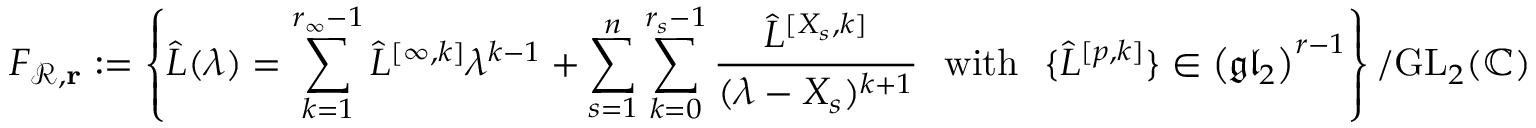
F _ { \mathcal { R } , \mathbf { r } } : = \left\{ \hat { L } ( \lambda ) = \sum _ { k = 1 } ^ { r _ { \infty } - 1 } \hat { L } ^ { [ \infty , k ] } \lambda ^ { k - 1 } + \sum _ { s = 1 } ^ { n } \sum _ { k = 0 } ^ { r _ { s } - 1 } \frac { \hat { L } ^ { [ X _ { s } , k ] } } { ( \lambda - X _ { s } ) ^ { k + 1 } } \, \, \mathrm { ~ w i t h ~ } \, \, \{ \hat { L } ^ { [ p , k ] } \} \in \left( \mathfrak { g l } _ { 2 } \right) ^ { r - 1 } \right\} / \mathrm { G L } _ { 2 } ( \mathbb { C } )